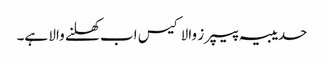
حدیبیہ پیپرز والا کیس اب کھلنے والا ہے۔